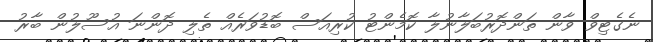
ނެގެޓިވް ވާން ތަންދޮރުބަލާނުލާ ކޮމެންޓު ކުރިއަސް ބޮޑުވަރެއް ތެލި ދޮންނަ އުސޫލުން ބާރު